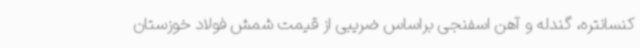
کنسانتره، گندله و آهن اسفنجی براساس ضریبی از قیمت شمش فولاد خوزستان